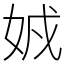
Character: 𡜐